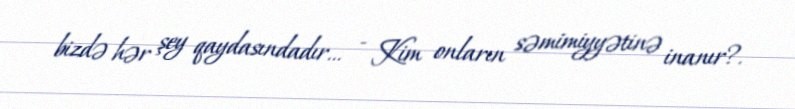
bizdə hər şey qaydasındadır... - Kim onların səmimiyyətinə inanır?.